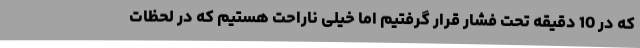
که در 10 دقیقه تحت فشار قرار گرفتیم اما خیلی ناراحت هستیم که در لحظات